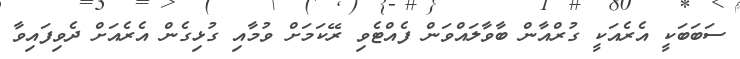
ސަބަބަކީ އެރެއަކީ ގުރްއާން ބާވާލައްވަން ފެއްޓެވި ރޭކަމަށް ވުމާއި ގުޅިގެން އެރެއަށް ދެވިފައިވާ